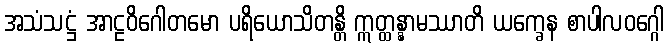
အသံသဋ္ဌံ အာဠဝိဂေါတမော ပရိယောသိတန္တိ ဣတ္ထန္နာမဿာတိ ယက္ခေန စာပါလဝဂ္ဂေါ